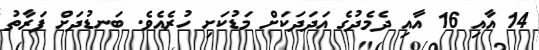
14 އާއި 16 އާއި ދެމެދުގެ އަދަދަކަށް މަޑުކަށި ހުރެއެވެ. ބަނޑުދަށް ފަރާތު